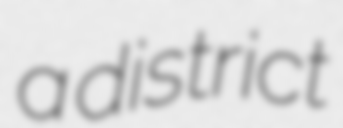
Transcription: a district